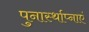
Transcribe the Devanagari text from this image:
पुनार्स्थाप्नाएं